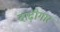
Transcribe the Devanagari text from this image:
दाढ़ीगार